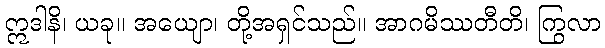
ဣဒါနိ၊ ယခု။ အယျော၊ တို့အရှင်သည်။ အာဂမိဿတီတိ၊ ကြွလာ